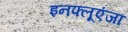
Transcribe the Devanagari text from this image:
इनफ्लूएंजा